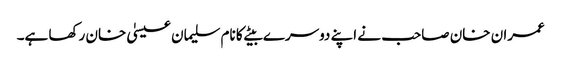
عمران خان صاحب نے اپنے دوسرے بیٹے کا نام سلیمان عیسیٰ خان رکھا ہے۔